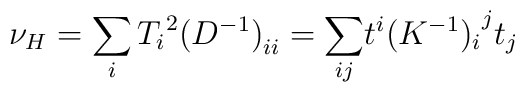
\nu_{H}=\sum_{i}{T_{i}}^{2}{(D^{-1})}_{ii}={\sum_{ij}}t^{i}{(K^{-1})_{i}}^{j}t_{j}